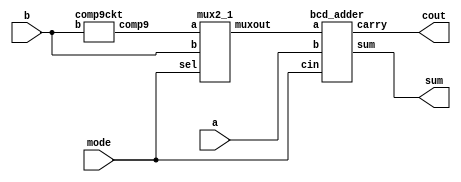
module bcd_add_sub(a,b,mode,sum,cout);
input [3:0]a,b;
input mode;
output [3:0]sum;
output cout;

wire [3:0]comp9,muxout;

comp9ckt g1(comp9,b);
mux2_1 g2(comp9,b,muxout,mode);
bcd_adder g3(muxout,a,mode,sum,cout);
endmodule


/*
module bcd_adder( input [3:0]a,b,
input cin,
output [3:0] sum,
output carry
);
*/






module comp9ckt( output reg[3:0] comp9, input [3:0]b);
always@(b)
begin
case(b) 
4'b0000: comp9 = 4'b1001; 
4'b0001: comp9 = 4'b1000; 
4'b0010: comp9 = 4'b0111; 
4'b0011: comp9 = 4'b0110; 
4'b0100: comp9 = 4'b1001; 
4'b0101: comp9 = 4'b0100; 
4'b0110: comp9 = 4'b0011; 
4'b0111: comp9 = 4'b0010; 
4'b1000: comp9 = 4'b0001; 
4'b1001: comp9 = 4'b0000; 
default: comp9 = 4'b1111;
endcase
end
endmodule

module mux2_1(input [3:0]a,b, output reg [3:0] muxout , input sel);
always@(*)
case(sel)
1:muxout=a;
0:muxout=b;
endcase
endmodule

module bcd_adder( input [3:0]a,b,
input cin,
output [3:0] sum,
output carry
);

wire [3:0]z;
wire cout;
wire cout1;
wire [3:0]carrytemp;
supply0 gnd;

assign cout1= (z[3]&z[2] )| (z[3]&z[1]) | cout ;
assign carrytemp={1'b0,cout1,cout1,1'b0};

fulladdr g1(a,b,cin,z,cout);
fulladdr g2(z,carrytemp,gnd,sum,carry);
endmodule

module fulladdr(input [3:0]a,b, input cin , output [3:0] sum, output carry);
assign {carry,sum}= a+b+cin;
endmodule